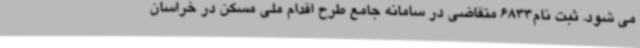
می شود. ثبت نام6833 متقاضی در سامانه جامع طرح اقدام ملی مسکن در خراسان